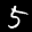
Label: 5